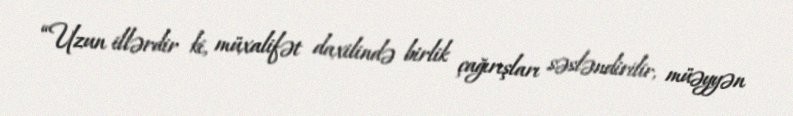
“Uzun illərdir ki, müxalifət daxilində birlik çağırışları səsləndirilir, müəyyən